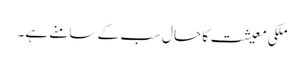
ملکی معیشت کا حال سب کے سامنے ہے۔